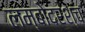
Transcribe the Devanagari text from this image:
लम्बोदरश्च